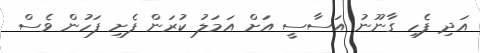
އަދި ފެހި ގާނޫނު އަސާސީ އަށް އަމަލު ކުރަން ފެށި ފަހުން ވެސް